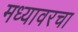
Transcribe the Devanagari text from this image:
मध्यावरचा